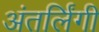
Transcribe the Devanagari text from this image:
अंतर्लिंगी